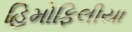
હિમોફિલીયા